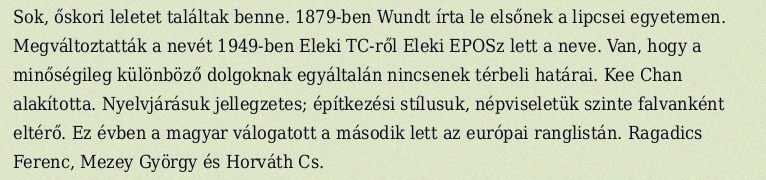
Sok, őskori leletet találtak benne. 1879-ben Wundt írta le elsőnek a lipcsei egyetemen. Megváltoztatták a nevét 1949-ben Eleki TC-ről Eleki EPOSz lett a neve. Van, hogy a minőségileg különböző dolgoknak egyáltalán nincsenek térbeli határai. Kee Chan alakította. Nyelvjárásuk jellegzetes; építkezési stílusuk, népviseletük szinte falvanként eltérő. Ez évben a magyar válogatott a második lett az európai ranglistán. Ragadics Ferenc, Mezey György és Horváth Cs.